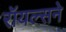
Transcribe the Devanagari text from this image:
रॉयल्सने